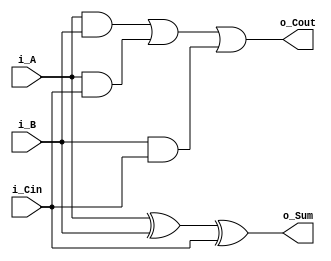
`timescale 1ns / 1ps

module FullAdder(
    input i_A,
    input i_B,
    input i_Cin,
    output o_Sum,
    output o_Cout
    );

    assign o_Sum = i_A ^ i_B ^ i_Cin;
    assign o_Cout = (i_A & i_B) | (i_A & i_Cin) | (i_B & i_Cin);
    
endmodule